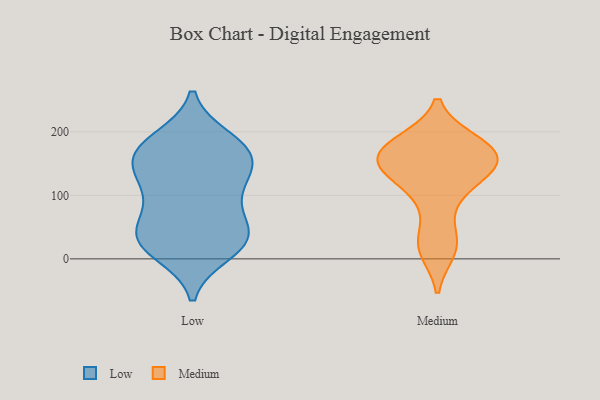
{"axis": {"x": "Population (Million)", "y": "Value"}, "legend": ["Low", "Medium"], "data": [{"x": "", "y": 187, "type": "Low"}, {"x": "", "y": 97, "type": "Low"}, {"x": "", "y": 59, "type": "Low"}, {"x": "", "y": 125, "type": "Low"}, {"x": "", "y": 175, "type": "Low"}, {"x": "", "y": 25, "type": "Low"}, {"x": "", "y": 100, "type": "Low"}, {"x": "", "y": 30, "type": "Low"}, {"x": "", "y": 174, "type": "Low"}, {"x": "", "y": 138, "type": "Low"}, {"x": "", "y": 172, "type": "Low"}, {"x": "", "y": 161, "type": "Low"}, {"x": "", "y": 27, "type": "Low"}, {"x": "", "y": 36, "type": "Low"}, {"x": "", "y": 145, "type": "Low"}, {"x": "", "y": 11, "type": "Low"}, {"x": "", "y": 41, "type": "Low"}, {"x": "", "y": 165, "type": "Medium"}, {"x": "", "y": 30, "type": "Medium"}, {"x": "", "y": 184, "type": "Medium"}, {"x": "", "y": 97, "type": "Medium"}, {"x": "", "y": 133, "type": "Medium"}, {"x": "", "y": 182, "type": "Medium"}, {"x": "", "y": 140, "type": "Medium"}, {"x": "", "y": 155, "type": "Medium"}, {"x": "", "y": 157, "type": "Medium"}, {"x": "", "y": 14, "type": "Medium"}]}